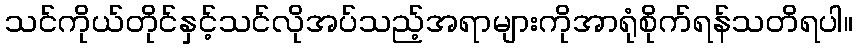
သင်ကိုယ်တိုင်နှင့်သင်လိုအပ်သည့်အရာများကိုအာရုံစိုက်ရန်သတိရပါ။